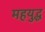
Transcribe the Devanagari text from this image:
महयुद्ध